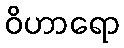
ဝိဟာရော